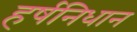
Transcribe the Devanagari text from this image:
हर्षनिधान